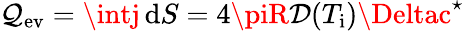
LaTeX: \mathcal{Q}_{\mathrm{{ev}}}=\intj\, \mathrm{{d}}S=4\piR\mathcal{{D}}(T_{\mathrm{{i}}})\Deltac^{\star}